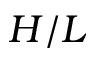
H / L